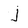
Character: j